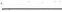
___